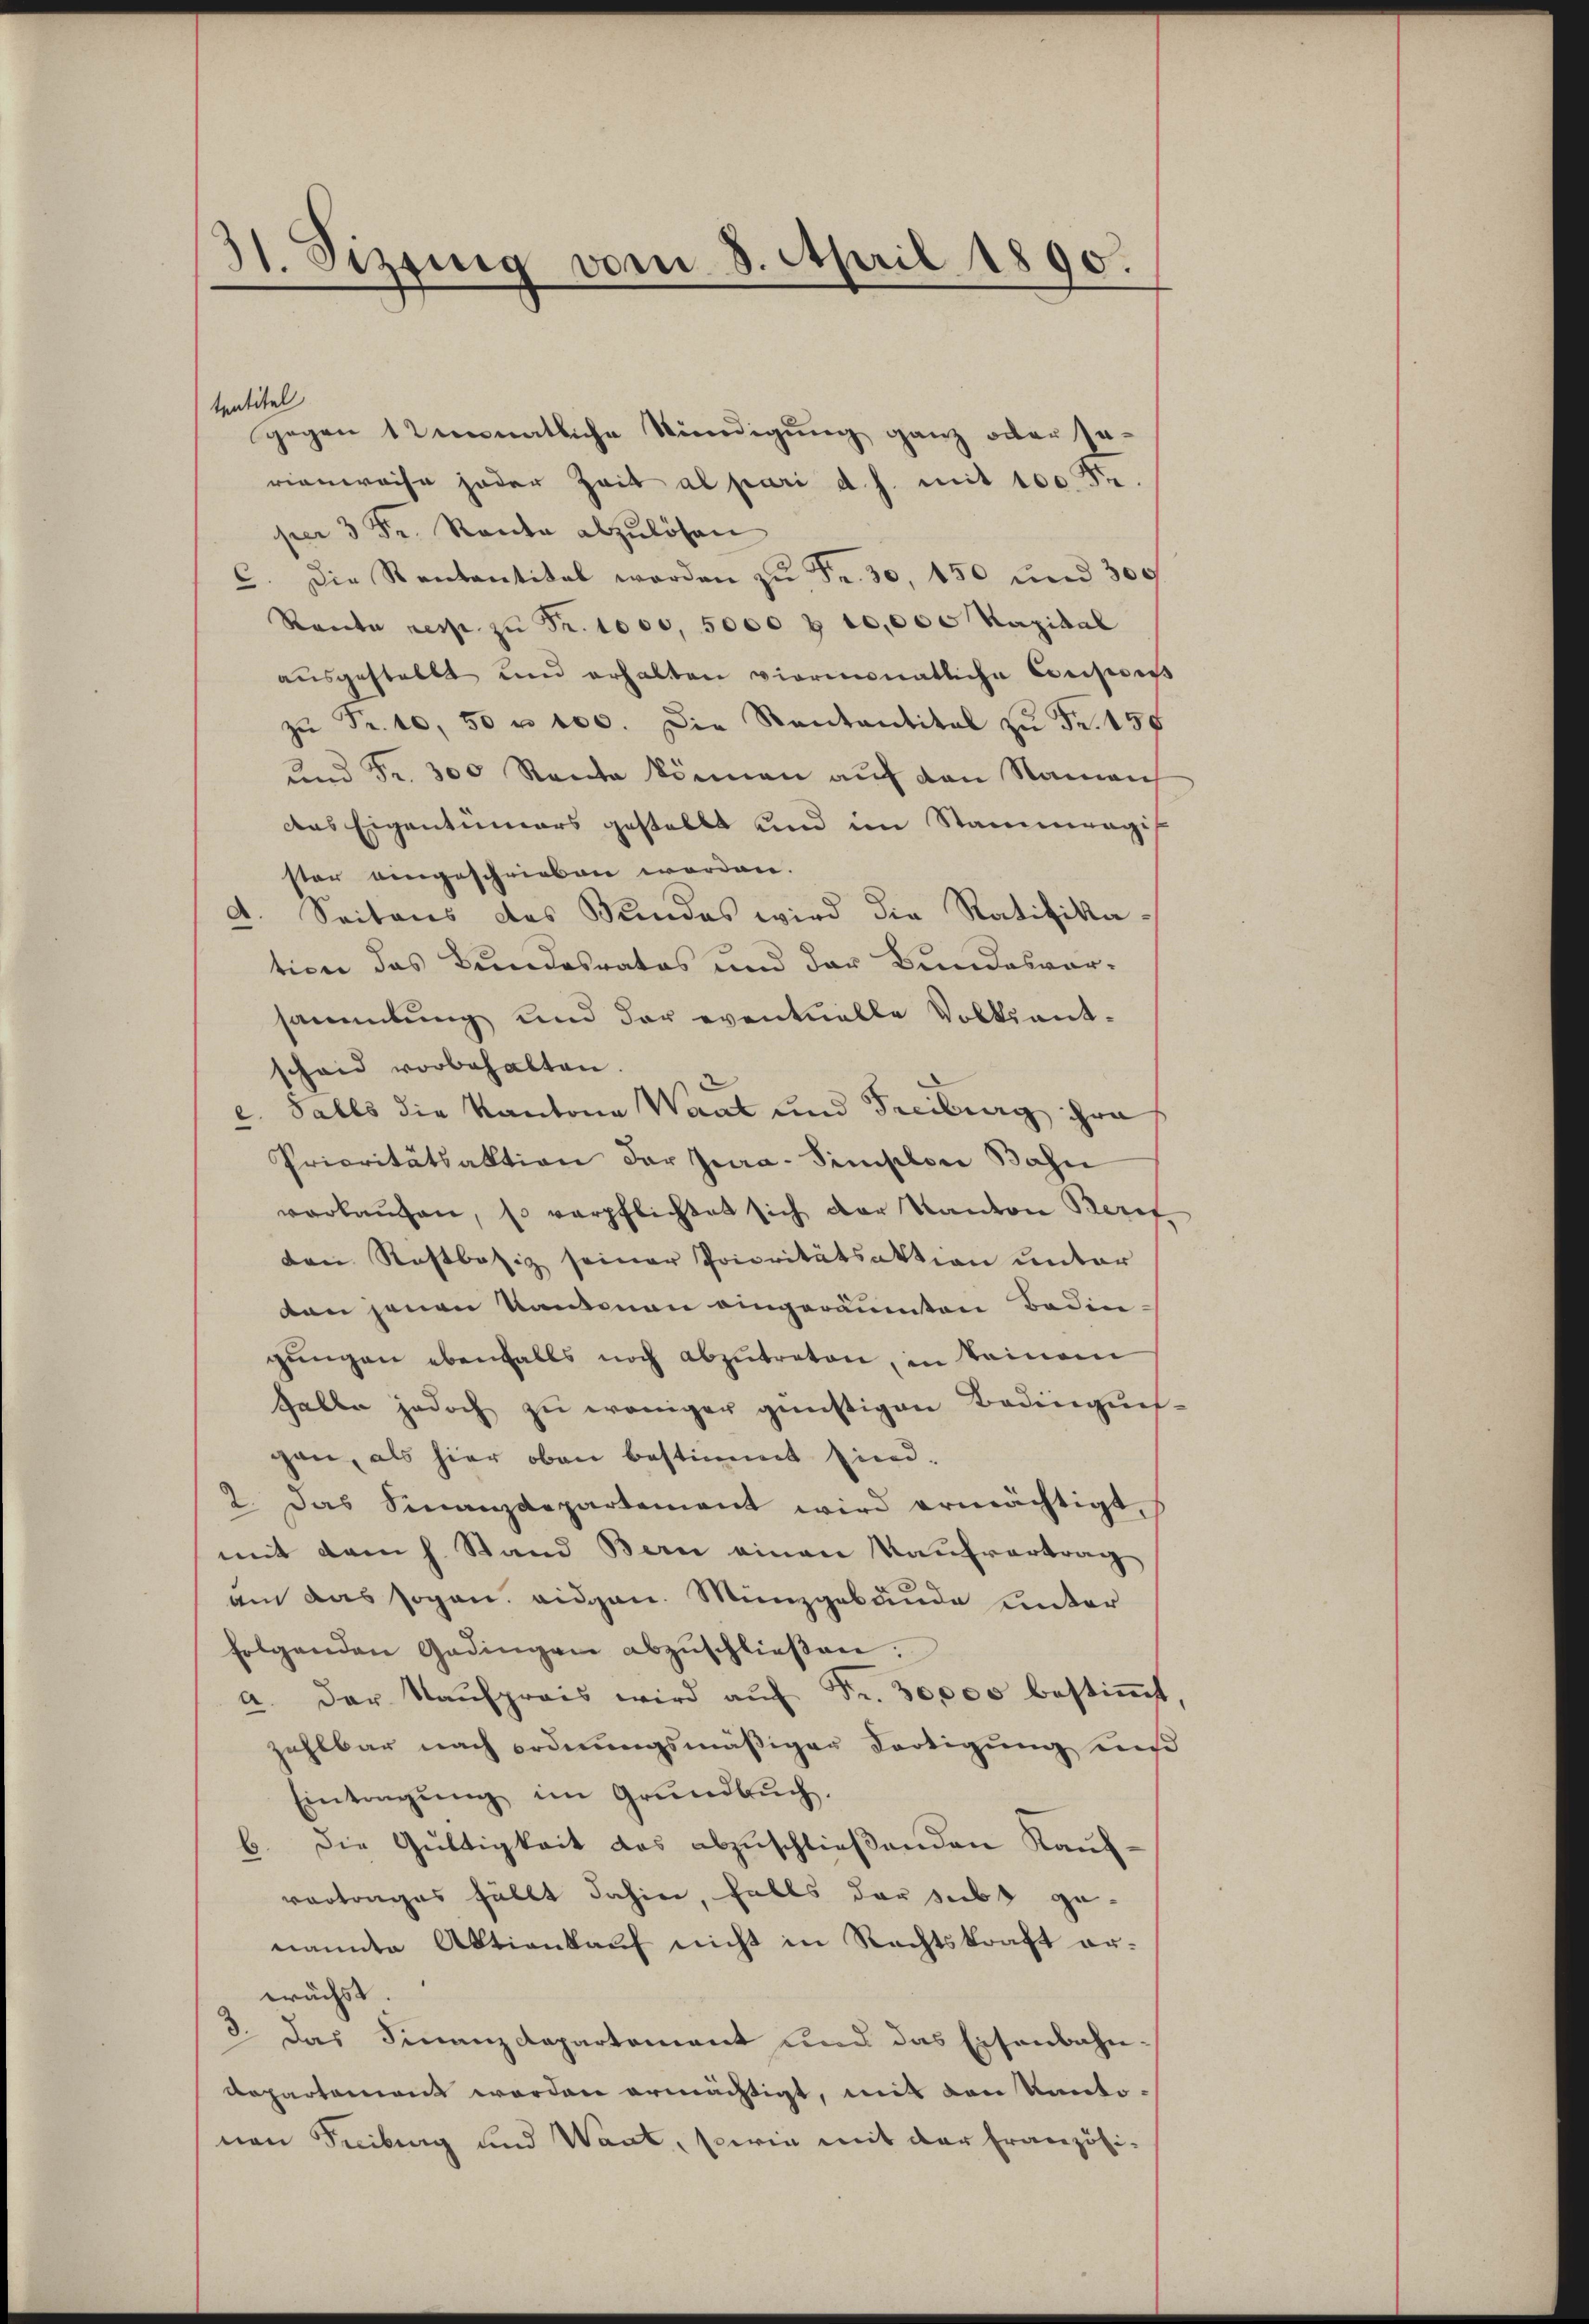
31. Sizung vom 8. April 1890.

tentitel
gegen 12 monatliche Kündigung ganz oder serienweise jeder Zeit al pari d. h. mit 100 Fr.
per 3 Fr. Raute abzulösen
C. Die Rentantital werden zŭ Fr. 30, 150 und 300
Ranta resp. zŭ Fr. 1000, 5000 f 10,000 Kapital
aŭsgestellt und erhalten viermonatliche Consen
zŭ Fr. 10,50 n 100. Die Santantikal zŭ Fr. 158
und Fr. 300 Rente können auf den Namen
das Eigentümers gestellt und im Stammengif
ster eingeschrieben worden.
d. Seitens des Bundes wird die Ratifikation das Bundesrates und der Bundesvorsammlung und der eventuelle Volksant-
schaid vorbehalten.
c. Falls die Kantone Waat und Freiburg ihre
Prioritätsaktion der Jura-Simplon Bahn
verkaŭfen, so verpflichtet sich der Kanton Beref,
den Rostbasiz seiner Prioritätsaktion unter
dan jenen Kantonen eingeräumten Bedingŭngen ebenfalls noch abzutreten, in keinem
Galle jedoch zu weniger günstigen Bedingungen, als hier oben bestimmet sind.
2. Das Finanzdepartement wird ermächtigt,
mit dem h. Stand Bern einen Kaufvertrag
am das sogan. eidgen. Menzgebäude unter
folgenden Gedingen abzŭschlieβen.
a. Der Kaŭfpreis wird aŭf Fr. 30,000 bestiṁt,
zahlbar nach ordnungsmäßiger dortigung un
Eintragŭng im Grŭndbŭch.
b. Die Gültigkeit des abzuschließenden Kaufvortrages fällt dahier, falls der subt genamte Aktienkauf nicht in Rechtskraft er-
wächst.
8. Das Finanzdepartement und das Eisenbahn-
departement worden ermächtigt, mit den Kantonen Freiburg und Wart, sowie mit der Französi-